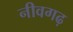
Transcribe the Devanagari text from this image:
नीवगढ़